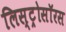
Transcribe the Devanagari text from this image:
लिस्ट्रोसॉरस